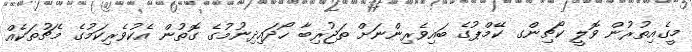
މީގެއިތުރުން ވޮލީ ކޯޗިންގ ކޭމްޕުގެ ބައިވެރިންނަށް ތަޖުރިބާ ހޯދައިދިނުމުގެ ގޮތުން އެކުވެރިކަމުގެ މެޗުތަކެއް